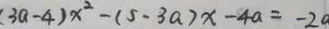
( 3 a - 4 ) x ^ { 2 } - ( 5 - 3 a ) x - 4 a = - 2 a